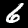
Digit: 6